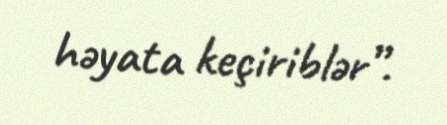
həyata keçiriblər”.